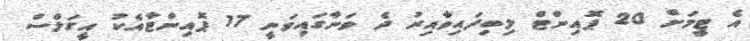
އެ ޓީމަށް 20 ޕޮއިންޓް ލިބިފައިވާއިރު ދެ ވަނާގައިވަނީ 17 ޕޮއިންޓާއެކު އީގަލްސް